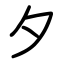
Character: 夕